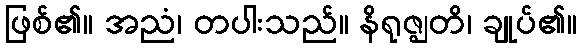
ဖြစ်၏။ အညံ၊ တပါးသည်။ နိရုဇ္ဈတိ၊ ချုပ်၏။